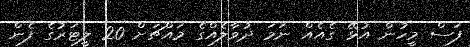
ފަސް މީހުން އުޅޭ ގެއެއް ނަމަ ދުވާލެއްގެ މައްޗަށް 20 ލީޓަރުގެ ފެން